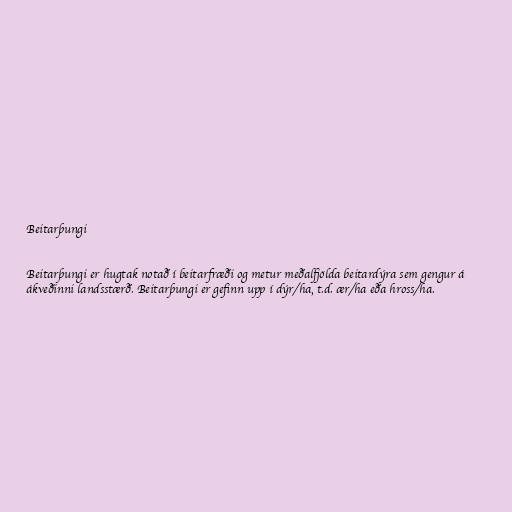
Beitarþungi

Beitarþungi er hugtak notað í beitarfræði og metur meðalfjölda beitardýra sem gengur á
ákveðinni landsstærð. Beitarþungi er gefinn upp í dýr/ha, t.d. ær/ha eða hross/ha.